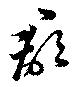
郡